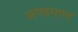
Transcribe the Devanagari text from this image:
अण्डमाण